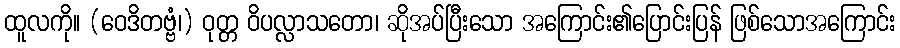
ထူလကို။ (ဝေဒိတဗ္ဗံ၊) ဝုတ္တ ဝိပလ္လာသတော၊ ဆိုအပ်ပြီးသော အကြောင်း၏ပြောင်းပြန် ဖြစ်သောအကြောင်း